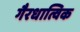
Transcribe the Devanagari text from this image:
गैरधात्विक